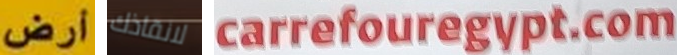
أرض لانقاذك carrefouregypt.com